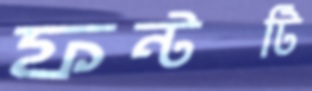
ফন্টটি